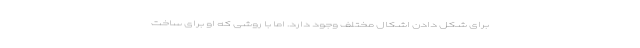
برای شکل‌ دادن اشکال مختلف وجود دارد. اما با روشی که او برای ساخت